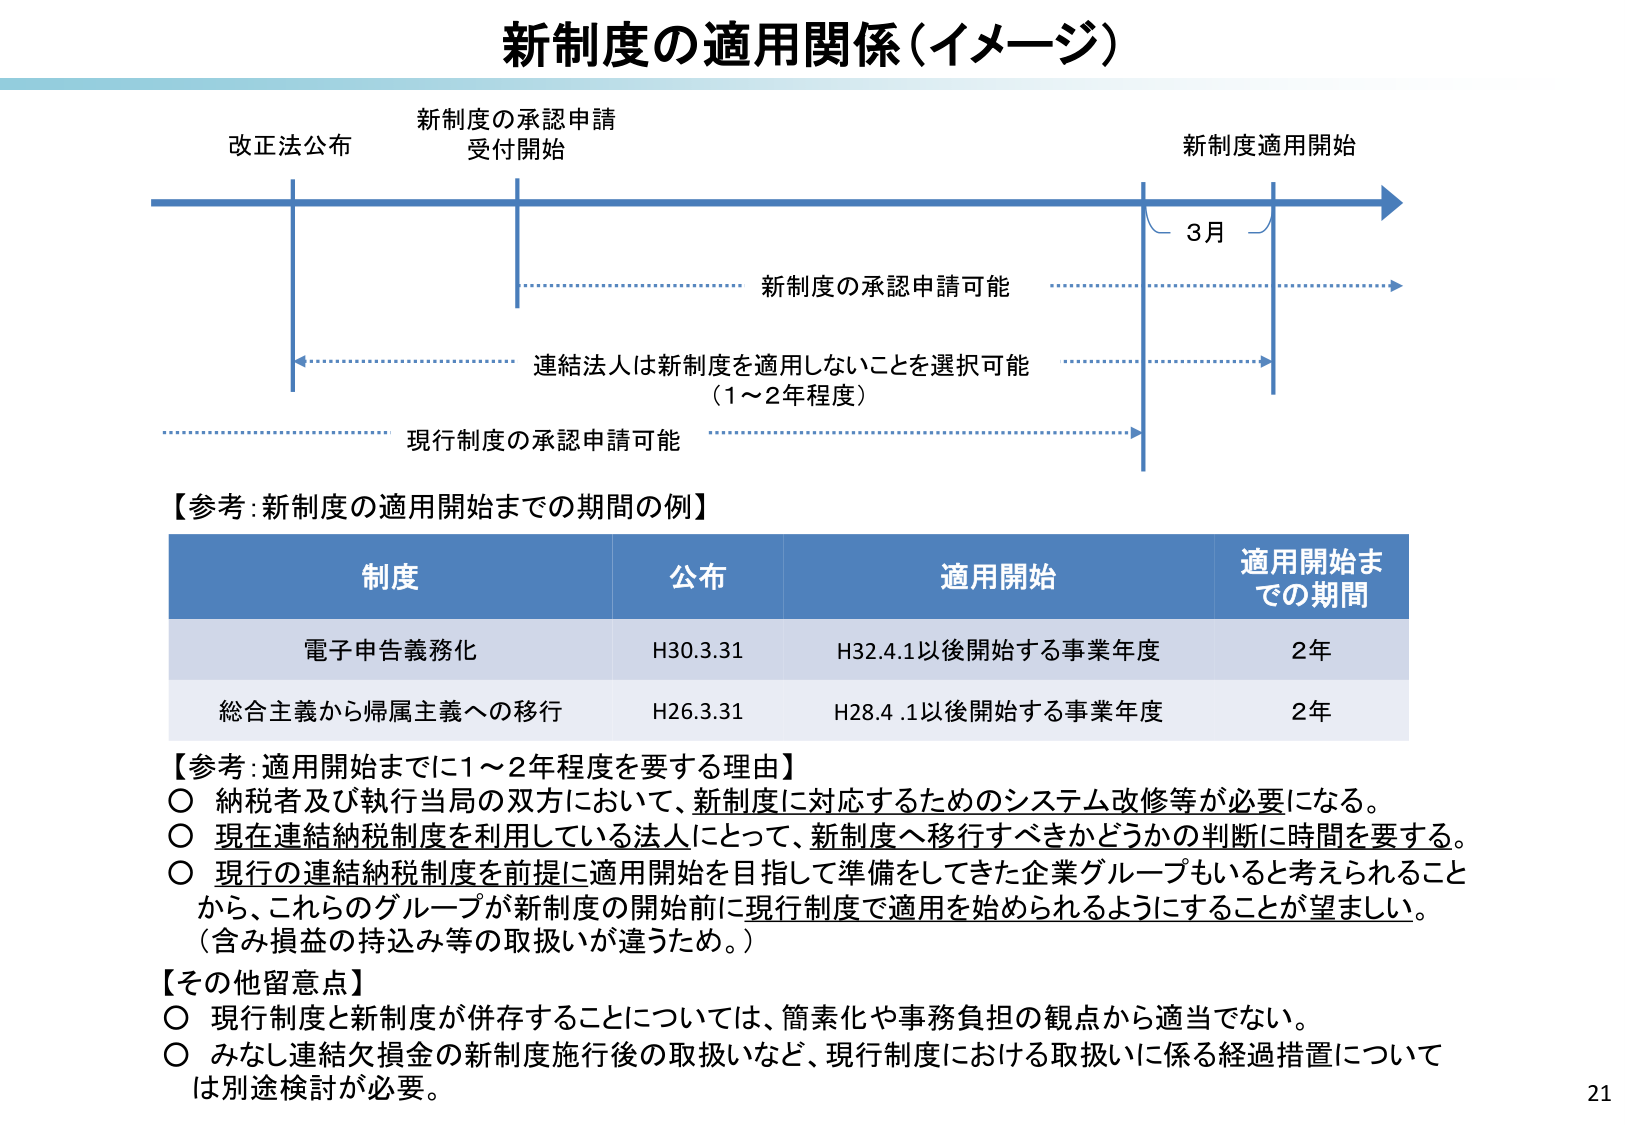
新制度の適用関係（イメージ）

改正法公布
新制度の承認申請
受付開始
新制度適用開始

3月

新制度の承認申請可能
連結法人は新制度を適用しないことを選択可能
（1～2年程度）
現行制度の承認申請可能

【参考：新制度の適用開始までの期間の例】

制度　　　　　　　公布　　　　　　　適用開始　　　　　　　適用開始までの期間
電子申告義務化　　H30.3.31　　　　H32.4.1以後開始する事業年度　　2年
総合主義から帰属主義への移行　　H26.3.31　　　　H28.4.1以後開始する事業年度　　2年

【参考：適用開始までに1～2年程度を要する理由】
○ 納税者及び執行当局の双方において、新制度に対応するためのシステム改修等が必要になる。
○ 現在連結納税制度を利用している法人にとって、新制度へ移行すべきかどうかの判断に時間を要する。
○ 現行の連結納税制度を前提に適用開始を目指して準備をしてきた企業グループもいると考えられること
　から、これらのグループが新制度の開始前に現行制度で適用を始められるようにすることが望ましい。
　（含み損益の持込み等の取扱いが違うため。）

【その他留意点】
○ 現行制度と新制度が併存することについては、簡素化や事務負担の観点から適当でない。
○ みなし連結欠損金の新制度施行後の取扱いなど、現行制度における取扱いに係る経過措置について
　は別途検討が必要。

21